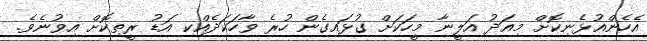
އެހެންއުޅެނިކޮށް މިއަދު އަލީނާ މީހަކަށް ގުޅައިގެން ހުރެ ވާހަކަދެއްކި އަޑު ރީތިކޮށް އިވުނެވެ.